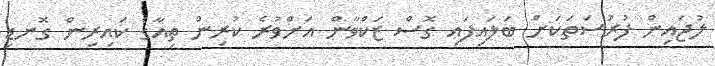
ލުޖައިން ފުރުސަތަކަށް ބަލައިފައި ގޮސް ޒަކްވާން އަށްވުރެ ކުރިން ތިއާގެ ކައިރިން ގޮނޑި